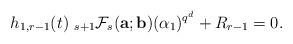
LaTeX: \begin{align*}h_{1,r-1}(t)~_{s+1}\mathcal{F}_{s}({\bf a}; {\bf b})(\alpha_1)^{q^d}+R_{r-1}=0.\end{align*}